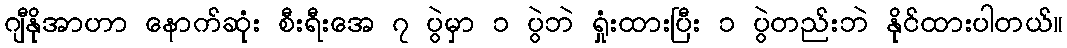
ဂျီနိုအာဟာ နောက်ဆုံး စီးရီးအေ ၇ ပွဲမှာ ၁ ပွဲဘဲ ရှုံးထားပြီး ၁ ပွဲတည်းဘဲ နိုင်ထားပါတယ်။